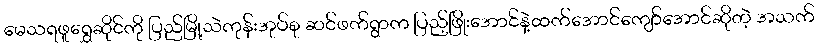
မေသရဖူရွှေဆိုင်ကို ပြည်မြို့သဲကုန်းအုပ်စု ဆင်ဖက်ရွာက ပြည့်ဖြိုးအောင်နဲ့ထက်အောင်ကျော်အောင်ဆိုတဲ့ အသက်